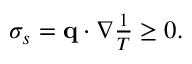
\begin{array} { r } { \sigma _ { s } = \mathbf q \cdot \nabla \frac { 1 } { T } \geq 0 . } \end{array}